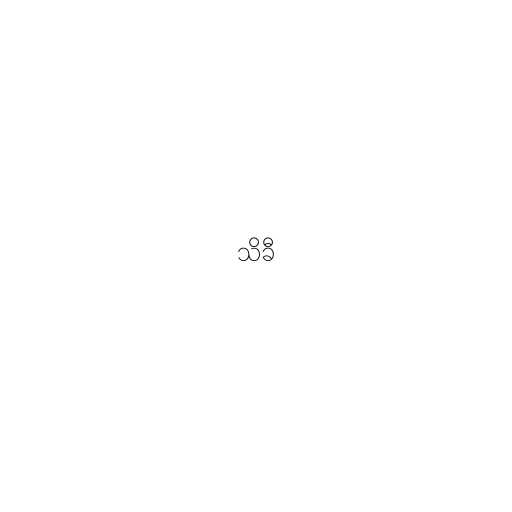
သိခီ